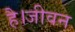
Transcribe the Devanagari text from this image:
है।जीवन